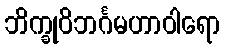
ဘိက္ခုဝိဘင်္ဂမဟာဝါရော